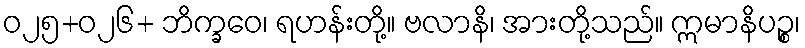
ဝ၂၅+၀၂၆+ ဘိက္ခဝေ၊ ရဟန်းတို့။ ဗလာနိ၊ အားတို့သည်။ ဣမာနိပဉ္စ၊